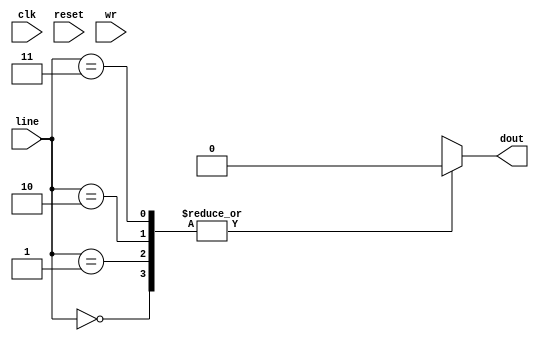
// valid cache 4 lines 
module valid ( clk, line,  reset, wr, dout );
input clk;
input [1:0] line;
input reset;
input wr;
output dout;

reg memory[0:3];
reg dout;


always @(posedge clk )
  begin
    if (wr)
      memory[line] <= 1; 
  end

always @ (*)
  begin 
  dout = memory[line];
  end


always @ (reset)
  begin 
    memory[0]= 0;
    memory[1]= 0;
    memory[2]= 0;
    memory[3]= 0;
  end

endmodule